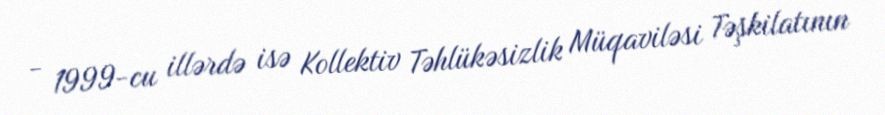
- 1999-cu illərdə isə Kollektiv Təhlükəsizlik Müqaviləsi Təşkilatının